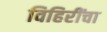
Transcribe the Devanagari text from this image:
विहिरींचा